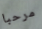
مرحبا